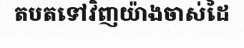
តបតទៅវិញយ៉ាងចាស់ដៃ